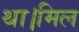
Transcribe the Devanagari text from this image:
था।मिल